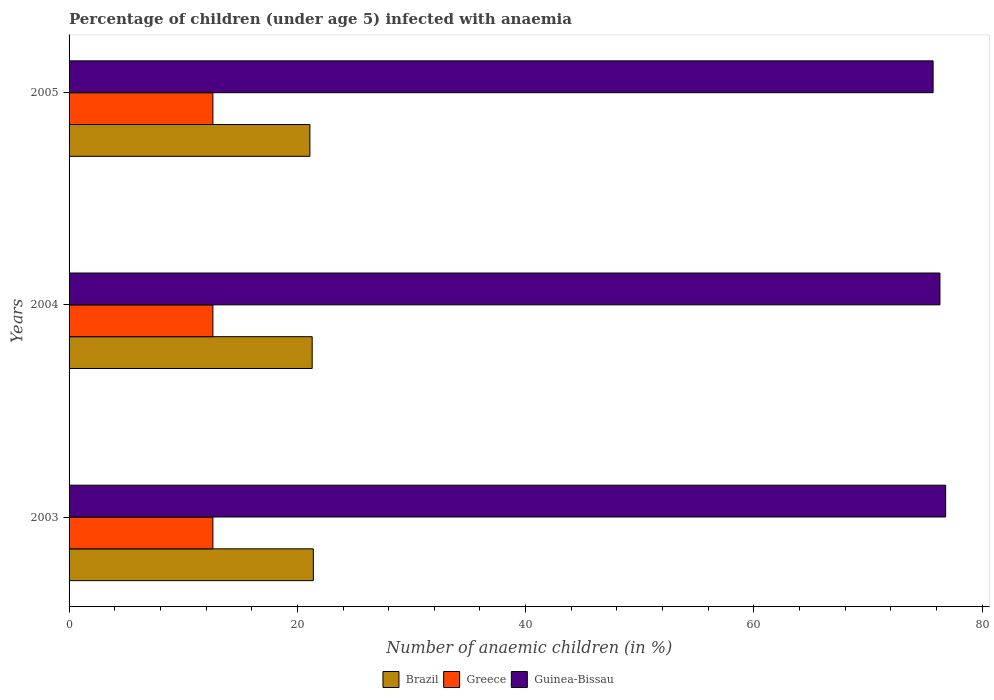
| Years | Brazil | Greece | Guinea-Bissau |
 | --- | --- | --- | --- |
 | 2003 | 21.4 | 12.6 | 76.8 |
 | 2004 | 21.3 | 12.6 | 76.3 |
 | 2005 | 21.1 | 12.6 | 75.7 |